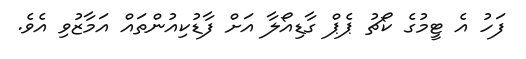
ފަހު އެ ޓީމުގެ ކޯޗު ޕެޕް ގާޑިއޯލާ އަށް ފާޑުކިއުންތައް އަމާޒުވި އެވެ.